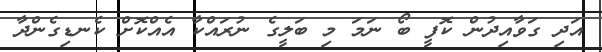
އަދި ގަވާއިދުން ކޮފީ ބޯ ނަމަ މި ބަލީގެ ނުރައްކާ އެއްކޮށް ކެނޑިގެންދާ